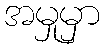
အမှုမှာ